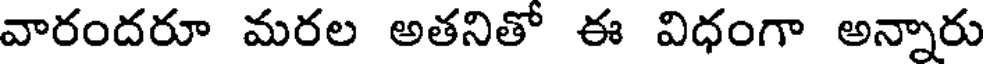
వారందరూ మరల అతనితో ఈ విధంగా అన్నారు